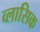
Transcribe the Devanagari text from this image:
व्लासिक